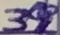
Text: 39